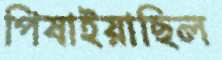
পিষাইয়াছিল